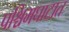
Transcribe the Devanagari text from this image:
पश्चिमघाटात